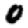
Digit: 0